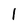
Character: l